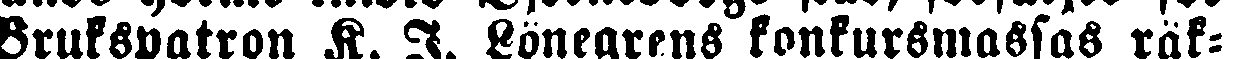
Brukspatron K. I. Lönegrens konkursmassas räk-